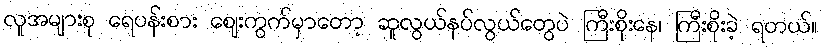
လူအများစု ရေပန်းစား ဈေးကွက်မှာတော့ ဆူလွယ်နပ်လွယ်တွေပဲ ကြီးစိုးနေ၊ ကြီးစိုးခဲ့ ရတယ်။